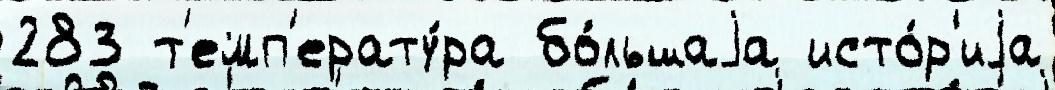
283 т'емп'ерату́ра бо́льшаjа исто́р'иjа